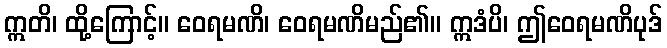
ဣတိ၊ ထို့ကြောင့်။ ဝေရမဏိ၊ ဝေရမဏိမည်၏။ ဣဒံပိ၊ ဤဝေရမဏိပုဒ်